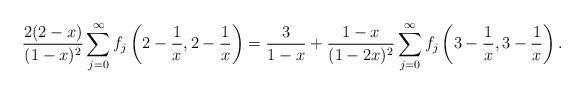
LaTeX: \begin{align*}\frac{2(2-x)}{(1-x)^2} \sum_{j=0}^\infty f_j \left(2-\frac{1}{x}, 2-\frac{1}{x} \right) = \frac{3}{1-x} + \frac{1-x}{(1-2x)^2} \sum_{j=0}^\infty f_j \left(3-\frac{1}{x}, 3-\frac{1}{x} \right).\end{align*}